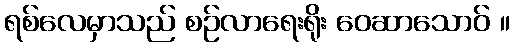
ရစ်လေမှာသည် စဉ်လာရေးရိုး ဝေဆာသောဝ် ။